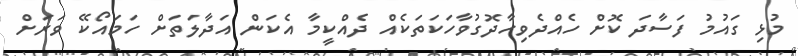
މުޅި ގައުމު ފަސާދަ ކޮށް ހެއްދެވިހާދޮގުވާހަކަތަކެއް ދެއްކީމާ އެކަން އަދާލަތަށް ހަމައޯކޭ ވަރަށް